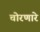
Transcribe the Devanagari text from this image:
चोरणारे